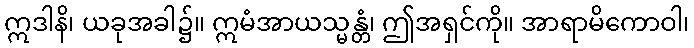
ဣဒါနိ၊ ယခုအခါ၌။ ဣမံအာယသ္မန္တံ၊ ဤအရှင်ကို။ အာရာမိကောဝါ၊